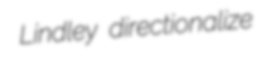
Lindley directionalize